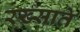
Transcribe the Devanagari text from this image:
रख्साते